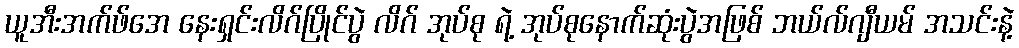
ယူအီးအက်ဖ်အေ နေးရှင်းလိဂ်ပြိုင်ပွဲ လိဂ် အုပ်စု ရဲ့ အုပ်စုနောက်ဆုံးပွဲအဖြစ် ဘယ်လ်ဂျီယမ် အသင်းနဲ့